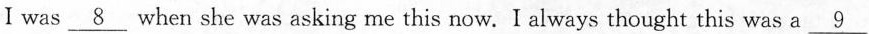
I was \underline{8} when she was asking me this now. I always thought this was a \underline{9}